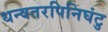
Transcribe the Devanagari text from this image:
धन्वतरपिनिघंटु